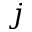
j